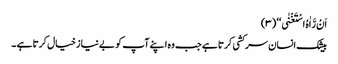
اَنْ رَّاٰہُ اسْتَغْنٰی ‘‘ (۳)
بیشک انسان سر کشی کرتا ہے جب وہ اپنے آپ کو بے نیاز خیال کرتا ہے ۔